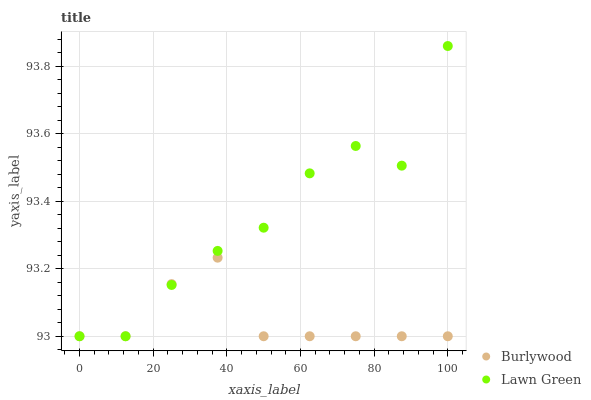
| xaxis_label | Burlywood | Lawn Green |
 | --- | --- | --- |
 | 0 | 93 | 93 |
 | 12.5 | 93 | 93 |
 | 25 | 93.2 | 93.2 |
 | 37.5 | 93.2 | 93.3 |
 | 50 | 93 | 93.3 |
 | 62.5 | 93 | 93.5 |
 | 75 | 93 | 93.6 |
 | 87.5 | 93 | 93.5 |
 | 100 | 93 | 93.9 |